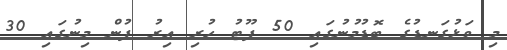
މި ވަޅުގަނޑުގެ ބޮޑުމުނުގައި 50 ފޫޓު ހުރި އިރު ފުން މިނުގައި 30